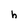
Character: h